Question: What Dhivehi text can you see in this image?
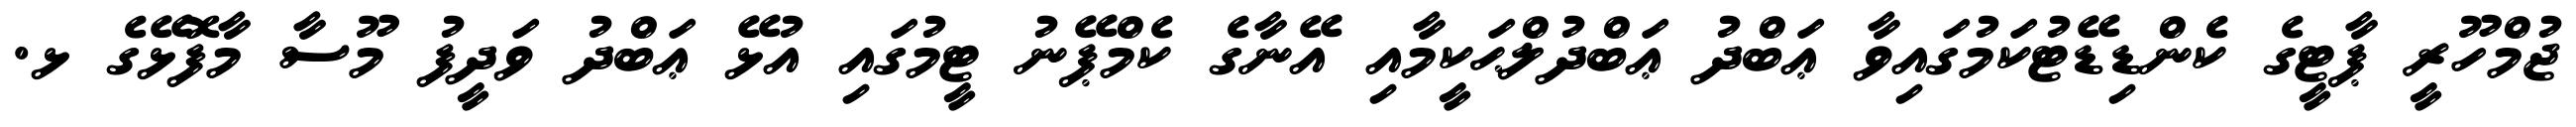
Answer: ޖުމްހޫރީ ޕާޓީގެ ކެންޑިޑޭޓުކަމުގައިވާ ޢަބްދު ޢަބްދުލްޙަކީމާއި އޭނާގެ ކެމްޕޭނު ޓީމުގައި އުޅޭ ޢަބްދު ވަދީފު މޫސާ މާފޮޅޭގެ ޅ.